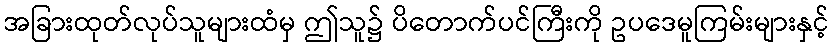
အခြားထုတ်လုပ်သူများထံမှ ဤသူ၌ ပိတောက်ပင်ကြီးကို ဥပဒေမူကြမ်းများနှင့်